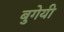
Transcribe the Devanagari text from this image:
बुगेयी